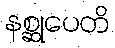
နစ္ဆုပေတိ